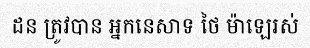
ដន ត្រូវបាន អ្នកនេសាទ ថៃ ម៉ាឡេរស់